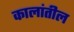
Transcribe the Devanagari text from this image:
कालांतील